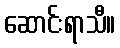
ဆောင်းရာသီ။